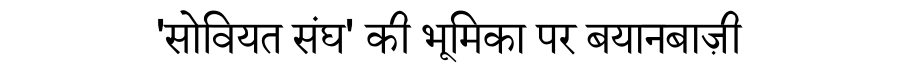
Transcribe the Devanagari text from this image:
'सोवियत संघ' की भूमिका पर बयानबाज़ी